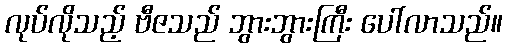
လုပ်လိုသည့် ဗီဇသည် ဘွားဘွားကြီး ပေါ်လာသည်။